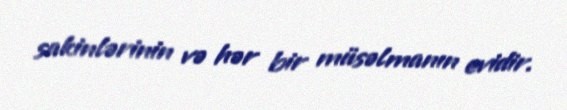
sakinlərinin və hər bir müsəlmanın evidir.